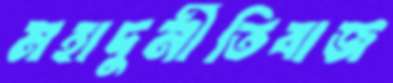
মহাদুর্নীতিবাজ